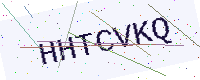
Text: HHTCVKQ